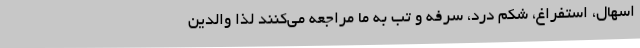
اسهال، استفراغ، شکم درد، سرفه و تب به ما مراجعه می‌کنند لذا والدین